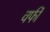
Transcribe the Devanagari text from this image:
वर्फी